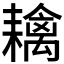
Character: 𦔟